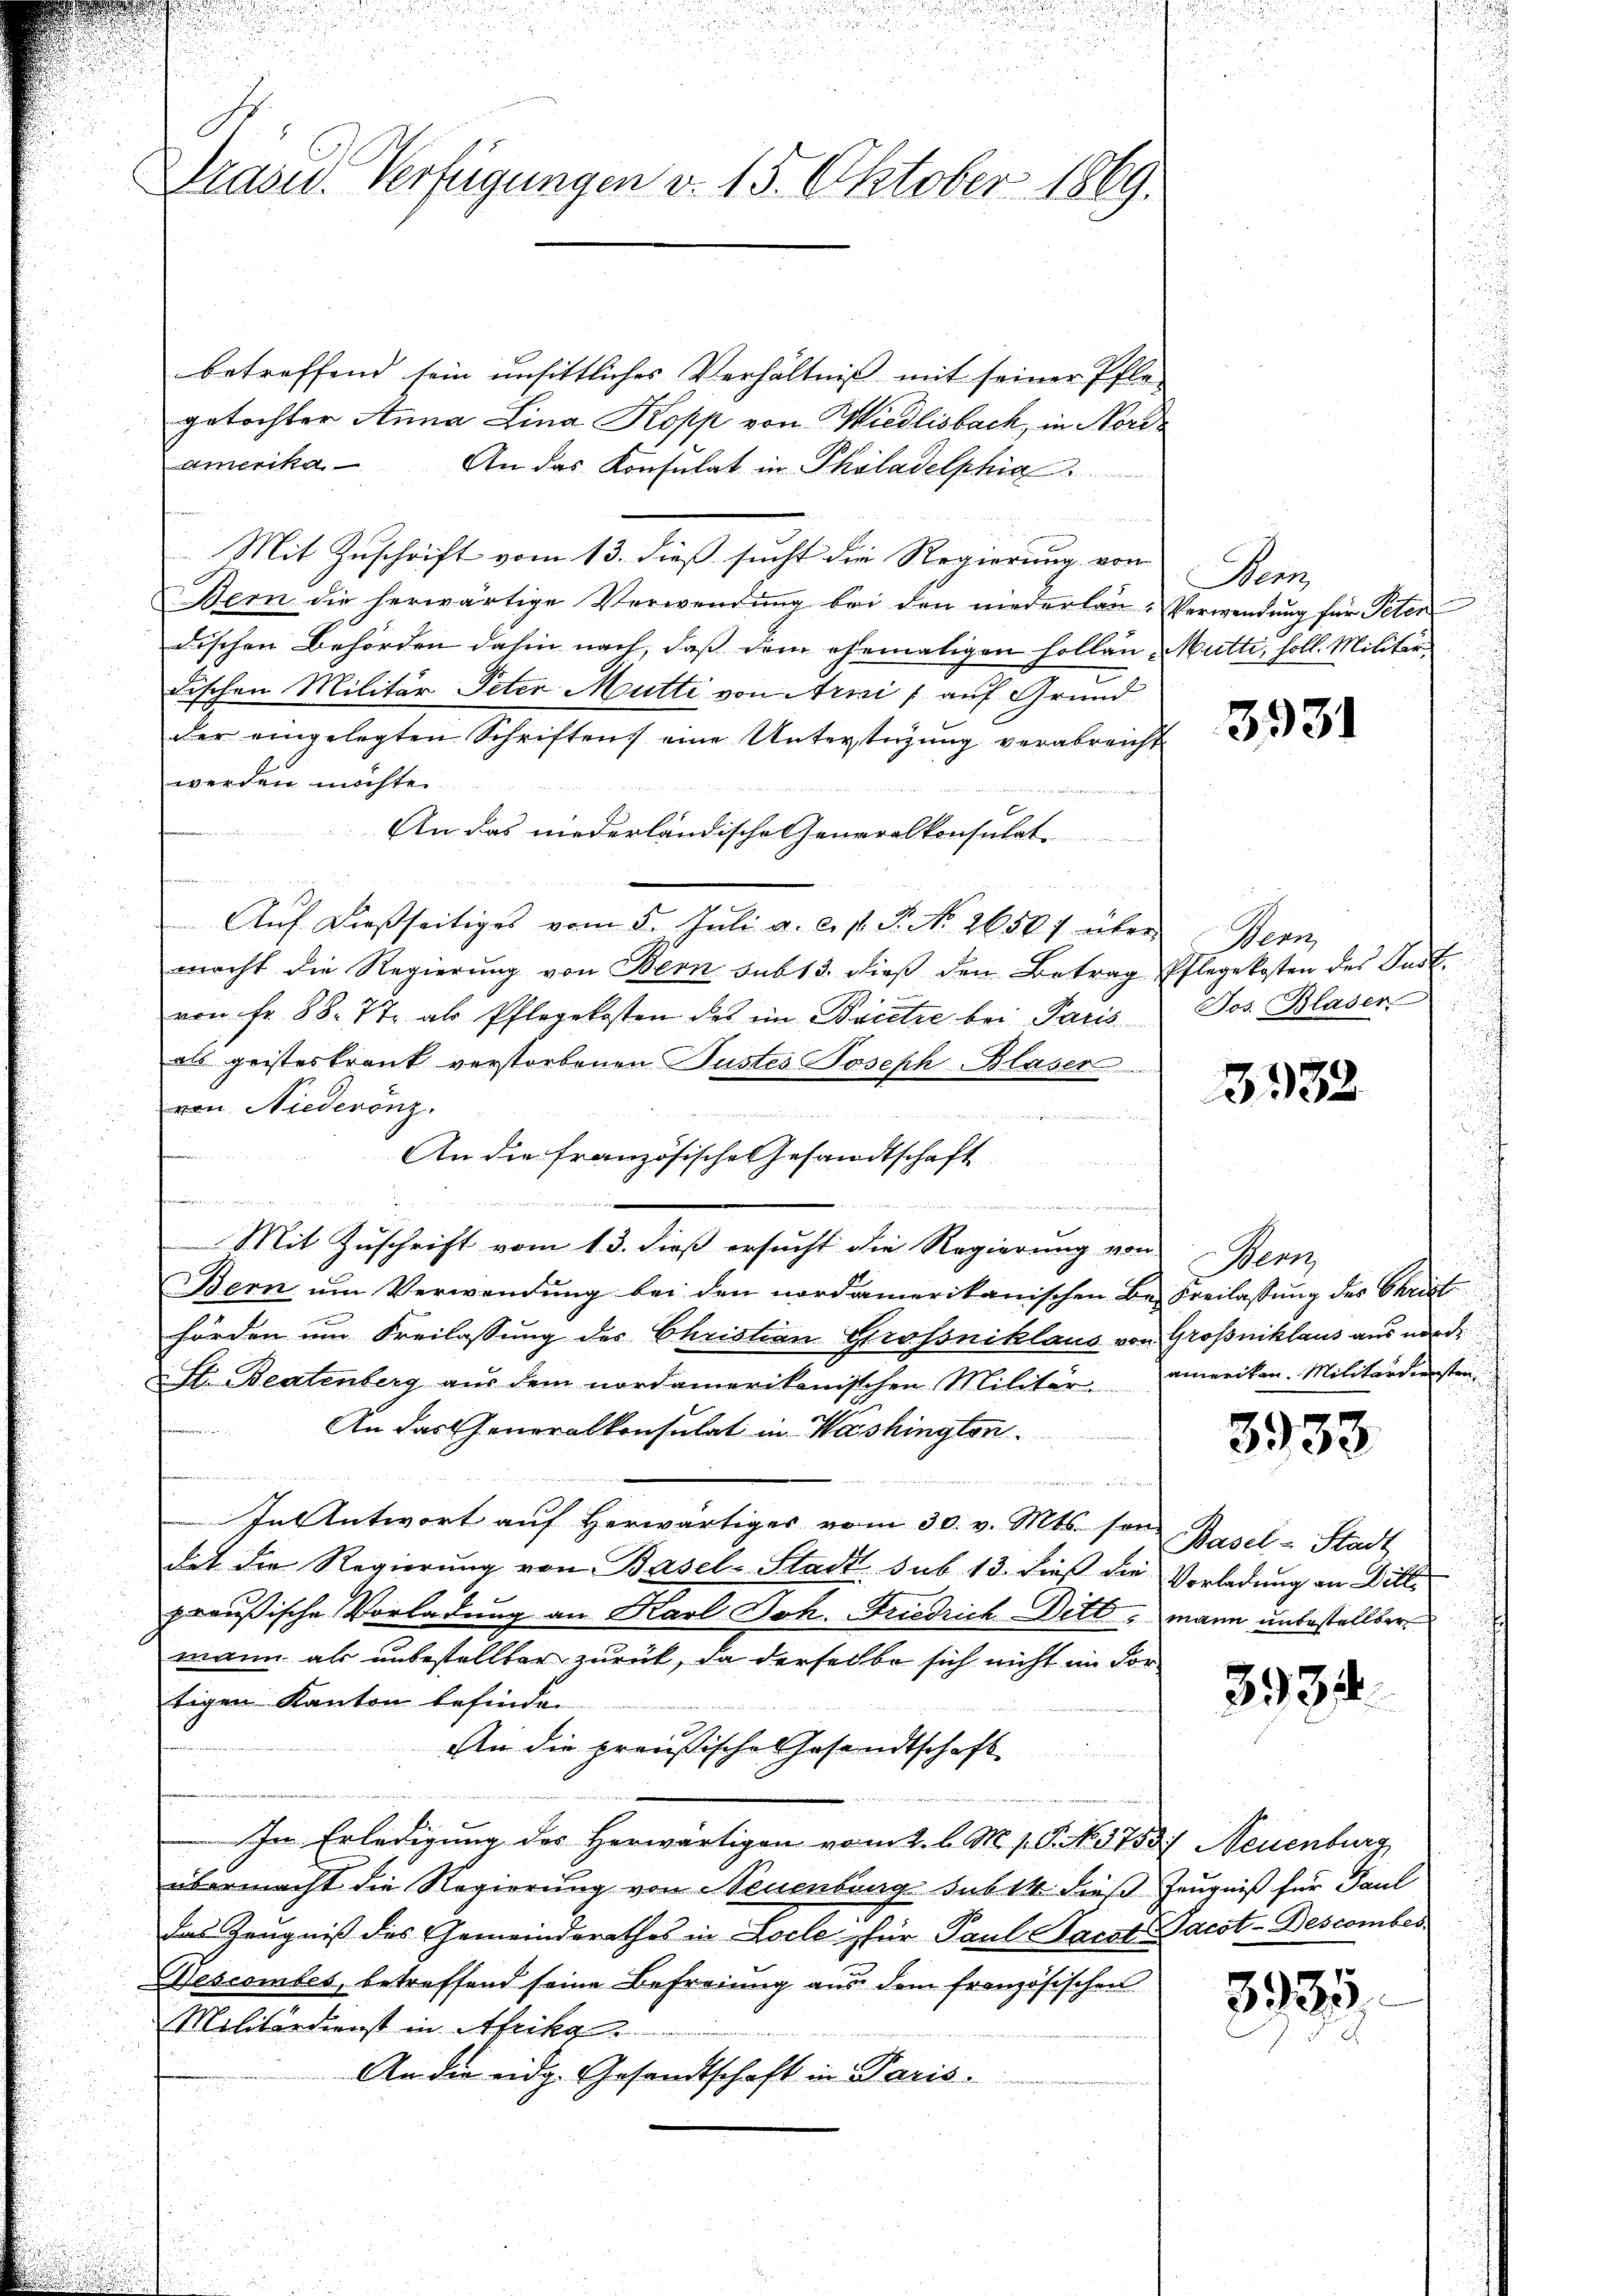
.

Drase Verfügungen v. 15. Oktober 1869.

betreffend sein unsittliches Verhältniβ mit seiner Pfle-
getochter Anna Lina Kopp von Wiedlisbach, in Nord¬
Amerika
An das Konsulat in Philadelphia
Mit Zuschrift vom 13. dieß sucht die Regierung von
Bern die herwärtige Verwendŭng bei den niederlan-Verwendŭng für Peten
dischen Behörden dahin nach, daß dem ehemaligen Hollan- Mutte, soll. Militärdischen Militär Peter Mutti von Arni / auf Grund
der eingelegten Schriften eine Unterstüzung verabreicht
werden möchte.
An das niederländische Generalkonsulat
Aŭf dießseitiges vom 5. Juli a. c. s. S. No. 26507 über
macht die Regierŭng von Bern sub 13. dieβ den Betrag Pflegekosten des Just.
von Fr. 88. 77. als Pflegekosten des im Bacetze bei Paris
als geisteskrank verstorbenen Justes Joseph Blaser
von Niederönz.
enheit der wegen

etiert we
An die französische Gesandtschaft
B. H. Seiter hat der
Mit Zuschrift vom 13. dieß ersucht die Regierung von
Bern um Verwendung bei den nordamerikanischen Be-Freilassung des Christ
hörden um Freilassung des Christian Grossniklaus von Großniklaus aus nord
Str. Beatenberg aus dem nordamerikanischen Militär-
e
An das Generalkonsulat in Washington
n
In Antwort aŭf herwärtiges vom 30. v. Mts. son Basel-Stadt
hat die Regierung von Basel-Stadt sub 13. dieß die Vorladung an Dillpreußische Vorladung an Karl Joh. Friedrich Dittmann unbestellter
mann als unbestellter zurück, da derselbe sich nicht im dortigen Kanton befinden
An die preußische Gesandtschaft
In Erledigung des Herwärtigen vom 2. l. M. v. P. NNo. 3753/ Neuenburg
übermacht die Regierung von Neuenburg sub 14 dieß Zeugniß für Paul
das Zeugniß des Gemeinderathes in Loche für Paul Parst Jacot-Bescomber¬
Wescombes, betreffend seine Befreiung aus dem französischen
Militärdienst in Afrika
An die eidg. Gesandtschaft in Paris

e du ma

ndet er der den |

Maas

3931

Wern
Jos. Blaser

3332

Wern
anweiten. Militärdersten

3933

3934.

335.